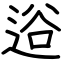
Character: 逧